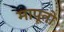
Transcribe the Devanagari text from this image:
मापूतो